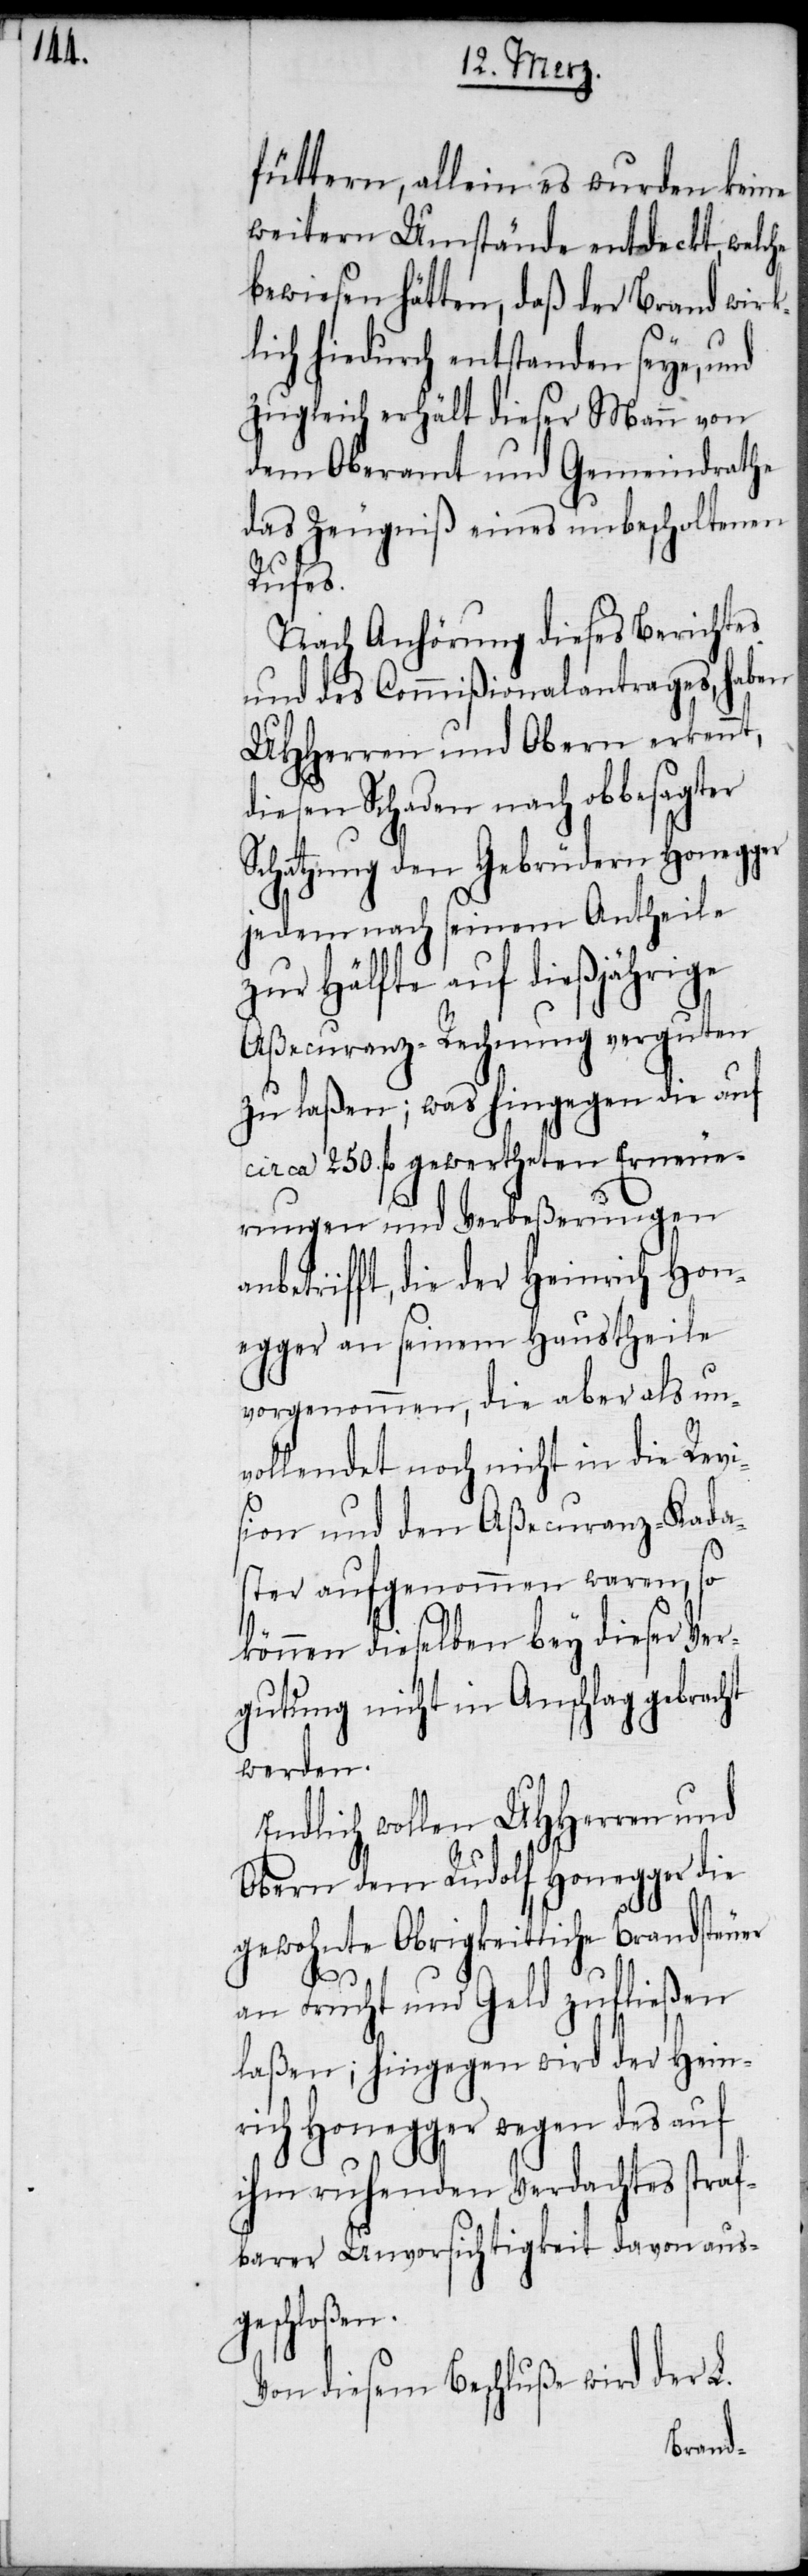
füttern, allein es wurden keine
weitern Umstände entdeckt, welche
bewiesen hätten, daß der Brand wirk¬
lich hiedurch entstanden seye, und
zugleich erhält dieser Mann von
dem Oberamt und Gemeindrathe
das Zeugniß eines unbescholtenen
Rufes.
Nach Anhörung dieses Berichtes
und des Commißionalantrages, haben
UHHerren und Obern erkennt,
diesen Schaden nach obbesagter
Schatzung den Gebrüdern Honegger
jedem nach seinem Antheile
zur Hälfte auf dießjährige
Aßecuranz-Rechnung verguten
zu laßen; was hingegen die auf
circa 250. fl gewertheten Erneue¬
rungen und Verbeßerungen
anbetrifft, die der Heinrich Hon¬
egger an seinem Haustheile
vorgenommen, die aber als un¬
vollendet noch nicht in die Revi¬
sion und den Aßecuranz-Kada¬
ster aufgenommen waren, so
können dieselben bey dieser Ver¬
gutung nicht in Anschlag gebracht
werden.
Endlich wollen UHHerren und
Obern dem Rudolf Honegger die
gewohnte Obrigkeitliche Brandsteuer
an Frucht und Geld zufließen
laßen; hingegen wird der Hein¬
rich Honegger wegen des auf
ihm ruhenden Verdachtes straf¬
barer Unvorsichtigkeit davon aus¬
geschloßen.
der L.
Von diesem Beschluße wird